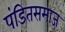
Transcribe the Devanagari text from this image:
पंडितसमाज